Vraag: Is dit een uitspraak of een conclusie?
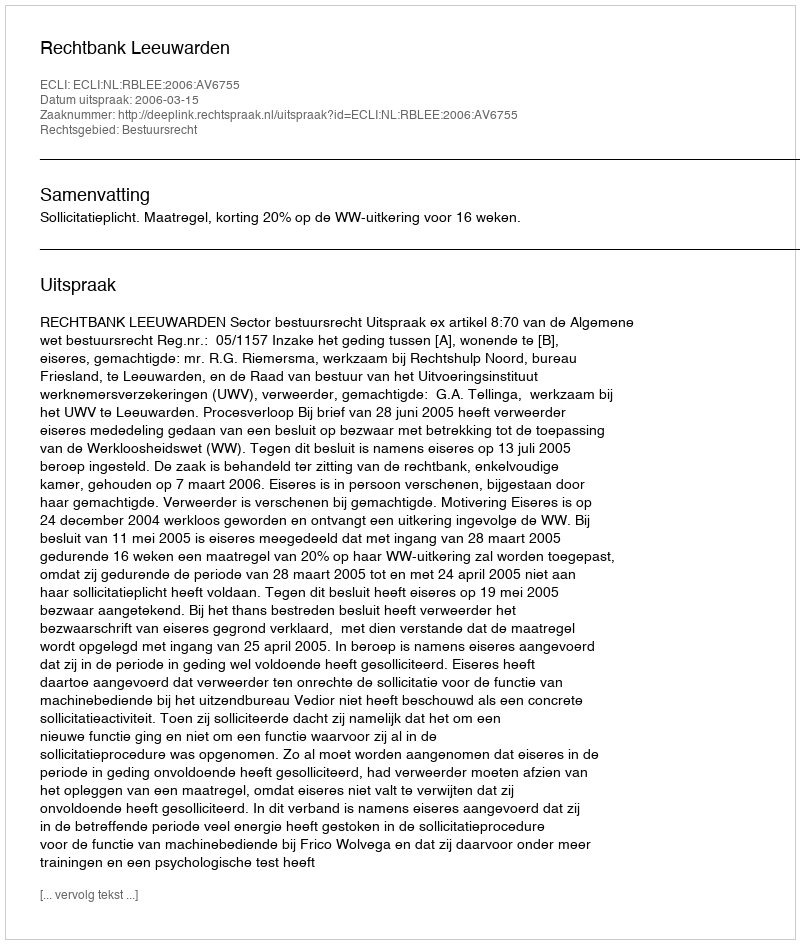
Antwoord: Uitspraak